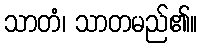
သာတံ၊ သာတမည်၏။